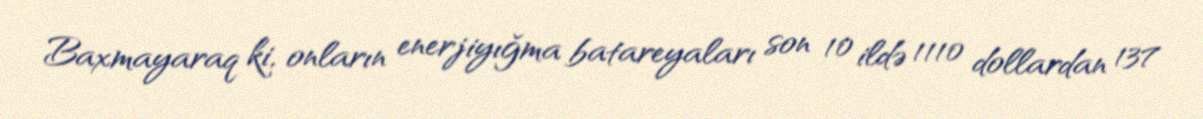
Baxmayaraq ki, onların enerjiyığma batareyaları son 10 ildə 1110 dollardan 137